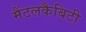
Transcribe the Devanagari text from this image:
मैंटलकैबिटी